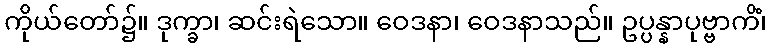
ကိုယ်တော်၌။ ဒုက္ခာ၊ ဆင်းရဲသော။ ဝေဒနာ၊ ဝေဒနာသည်။ ဥပ္ပန္နာပုဗ္ဗာကိံ၊